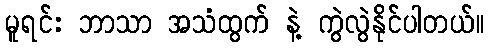
မူရင်း ဘာသာ အသံထွက် နဲ့ ကွဲလွဲနိုင်ပါတယ်။